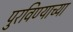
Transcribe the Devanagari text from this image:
पुरविण्याच्या